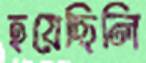
হয়েছিলি